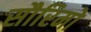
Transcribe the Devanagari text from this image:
सौरिमो